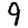
Digit: 9